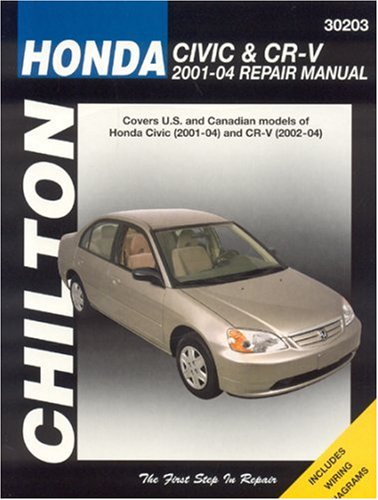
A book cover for Honda Civic and CRV, 2001-04 (Haynes Repair Manuals); Chilton; Engineering & Transportation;